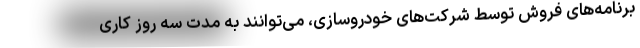
برنامه‌های فروش توسط شرکت‌های خودروسازی، می‌توانند به مدت سه روز کاری